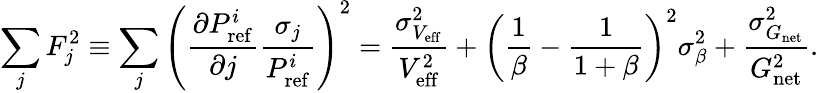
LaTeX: \sum_{j}F_{j}^{2}\equiv\sum_{j}\left(\frac{\partial P_{\mathrm{ref}}^{i}}{\partial j}\frac{\sigma_{j}}{P_{\mathrm{ref}}^{i}}\right)^{2}=\frac{\sigma_{V_{\mathrm{eff}}}^{2}}{V_{\mathrm{eff}}^{2}}+\left(\frac{1}{\beta}-\frac{1}{1+\beta}\right)^{2}\sigma_{\beta}^{2}+\frac{\sigma_{G_{\mathrm{net}}}^{2}}{G_{\mathrm{net}}^{2}}.